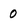
Character: 0